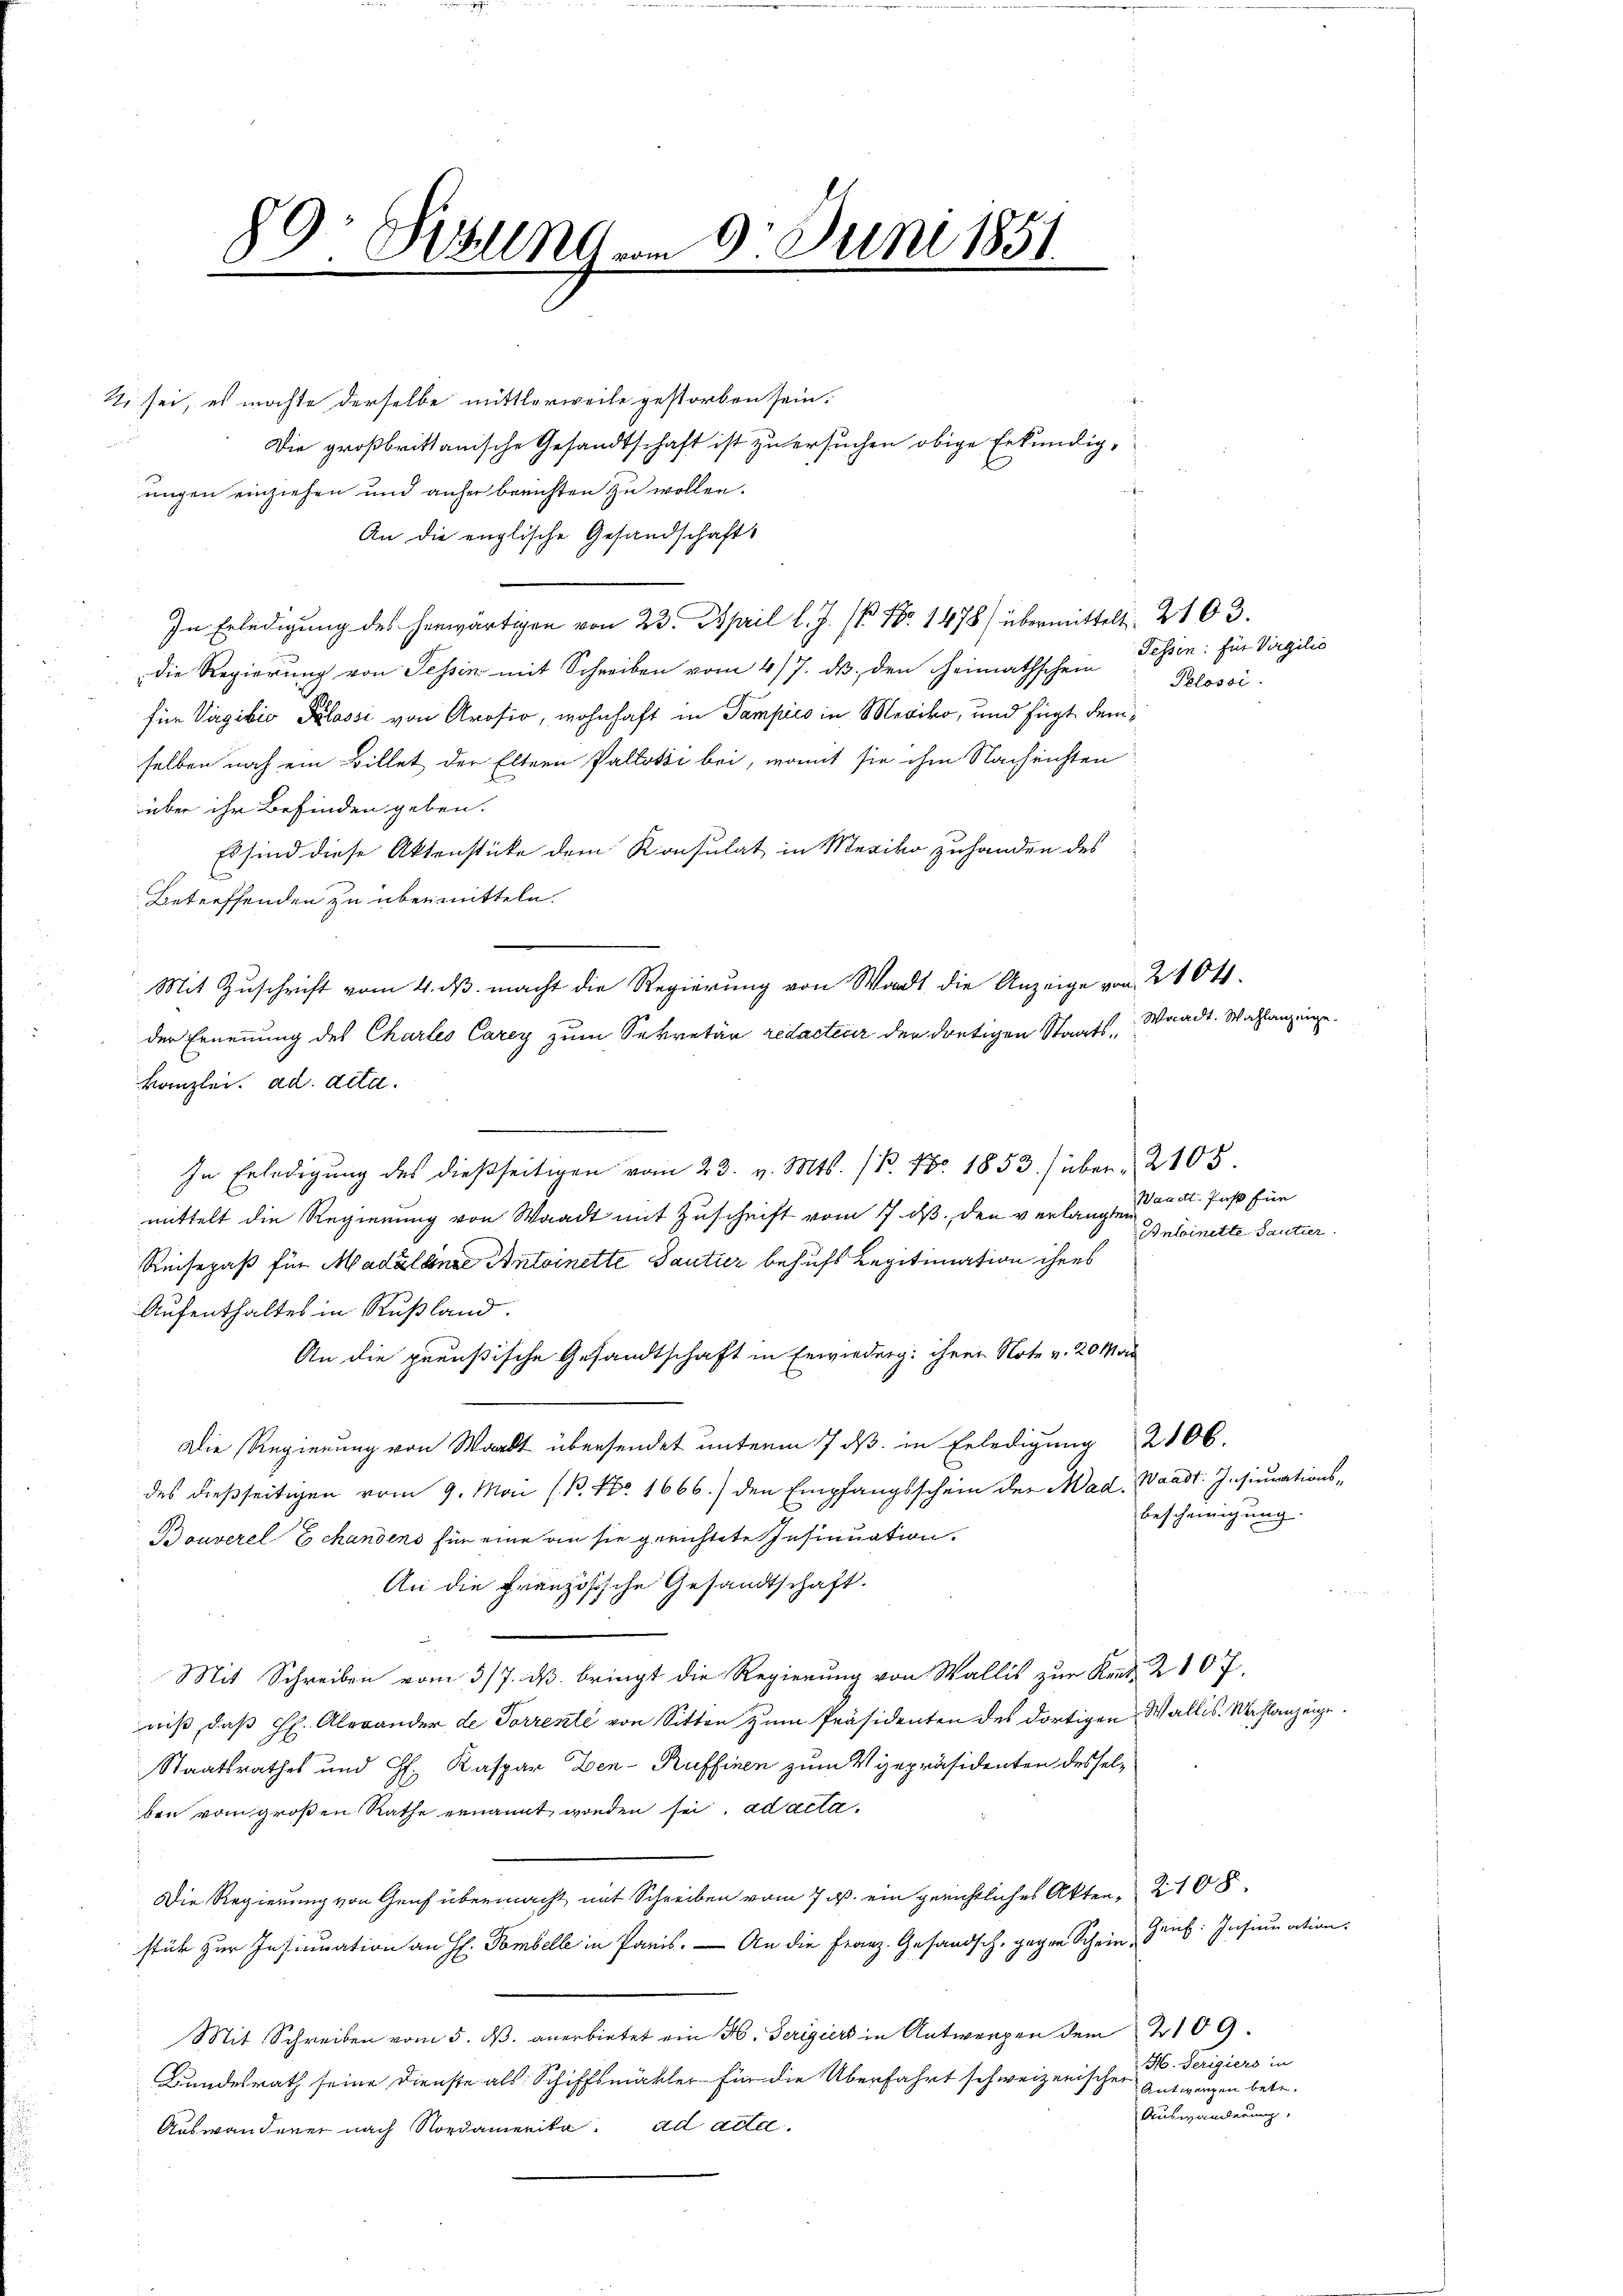
E.

89: Welt vom 9. Juni 1851

7 sei, es möchte derselbe mittlerweile gestorben sein.
Die großbrittanische Gesandtschaft ist zu ersuchen obige Erkundigungen einziehen und anher breichten zu wollen.
An die englische Gesandschafts
In Erledigung des herwärtigen von 23. April l. J. P. Nr. 1478) übermittelt. 2103.
die Regierung von Tessin mit Schreiben vom 4/7. ds. den Heimathschein
für Virgivio Plossi von Arosio, wohnhaft in Tampics in Mexiko, und fügt demselben noch ein Billet der Eltern Pallodii bei, womit sie ihm Nachrichten
über ihr Befinden geben.
Es sind diese Aktenstücke dem Konsulat in Merika zuhanden des
Betreffenden zu übermitteln.
der Ernennung des Charleo Carey zum Sekretär redacteur der dortigen Staatskanzlei. addita.
In Erledigŭng des dießseitigen vom 23. v. Mts. P. Nr. 1853) über 2105.
mittelt die Regierung von Waadt mit Zuschrift vom 17. ds, den verlangten
Reisepaß für Madalende Antoinette Gautier behufs Legitimation ihres
Aufenthaltes in Rußland.
An die preußische Gesandtschaft in Erwiederg: ihrer Note v. 20 Man
Die Regierung von Wart übersendet unterm 7 dß in Erledigung 2100.
des dießseitigen vom 9. Mai (B. No. 1666.) den Empfangsschein der Mad. Waadt. Insinuationsbescheinigung
Bouverel Echandens für eine an sie gerichtete Insinuation.
An die Französische Gesandtschaft.
Mit Schreiben vom 3/7. ds. bringt die Regierung von Wallis zur Kent. 2107,
niß, daß Hr. Alexander de Torrekte von Sitten zum Präsidenten des dortigen Wallis. Wahlanzeige
Staatsrathes und H. Kaspar Zen-Ruffinen zum Vizepräsidenten desselben vom großen Rathe ernannt worden sei, ad acta.
Die Regierung von Genf übermacht mit Schreiben vom 7. ds. ein gerichtliches Akten, 2108
stür zur Insinuation an H. Pombelle in Paris. — An die Franz. Gesandsch, gegen Schein, Grus: Insinuation
Mit Schreiben vom 5. ds. anerbietet ein H. Gerigiers in Antworfen dem 2109.
H. Serigiers in
Bundesrath seine Dienste als Schiffsmakler für die Überfahrt schweizerischen
Antworfen betr.
Auswanderung,
Auswanderer nach Nordamerika. ad acta.

Mit Zuschrift vom 4. ds. macht die Regierung von Wardt die Anzeige von 2404.

Fessen: für Virgilio
Pelossi

Waadt. Wahlanzeige

Intoinette Santier.

Waadt fast für